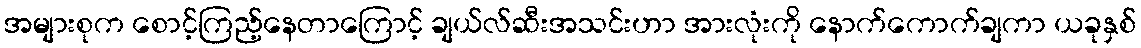
အများစုက စောင့်ကြည့်နေတာကြောင့် ချယ်လ်ဆီးအသင်းဟာ အားလုံးကို နောက်ကောက်ချကာ ယခုနှစ်